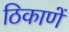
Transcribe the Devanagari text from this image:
ठिकाणें